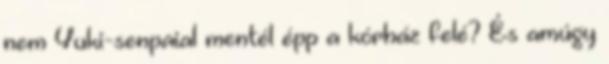
nem Yuki-senpaial mentél épp a kórház felé? És amúgy